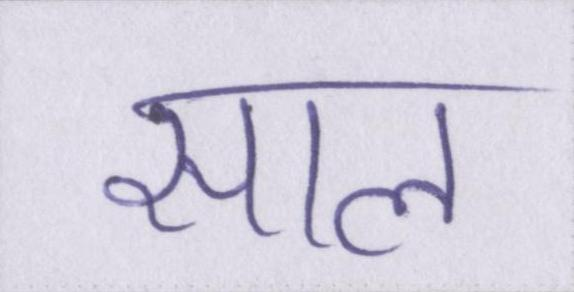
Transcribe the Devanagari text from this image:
साल